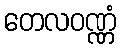
တေလဝဏ္ဏံ